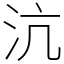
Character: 沆